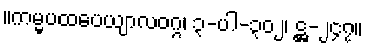
။ကမ္မပထပေယျာလဝဂ္ဂ၊ ၃-ပါ-၃၀၂၊ ဋ္ဌ-၂၄၇။